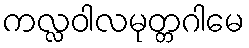
ကလ္လဝါလမုတ္တဂါမေ